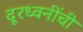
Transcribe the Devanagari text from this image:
दूरध्वनींची